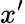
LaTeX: x’